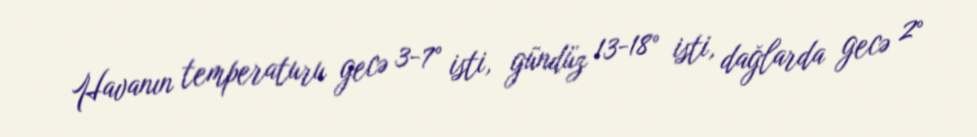
Havanın temperaturu gecə 3-7° isti, gündüz 13-18° isti, dağlarda gecə 2°